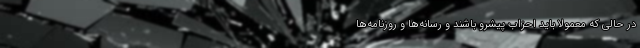
در حالی که معمولاً باید احزاب پیشرو باشند و رسانه‌ها و روزنامه‌ها